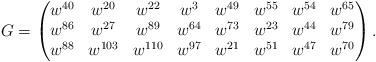
LaTeX: \begin{align*}G=\begin{pmatrix}w^{40} & w^{20} & w^{22} & w^3 & w^{49} & w^{55} & w^{54} & w^{65}\\w^{86} & w^{27} & w^{89} & w^{64} & w^{73} & w^{23} & w^{44} & w^{79}\\w^{88} & w^{103} & w^{110} & w^{97} & w^{21} & w^{51} & w^{47} & w^{70}\end{pmatrix}.\end{align*}